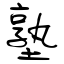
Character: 塾